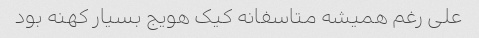
علی رغم همیشه متاسفانه کیک هویج بسیار کهنه بود